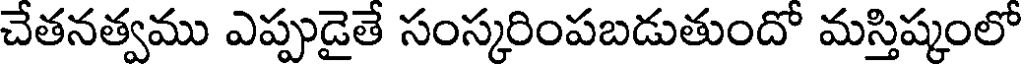
చేతనత్వము ఎప్పుడైతే సంస్కరింపబడుతుందో మస్తిష్కంలో